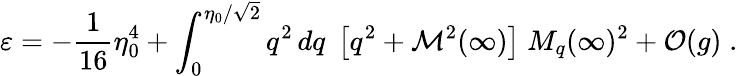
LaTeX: \varepsilon=-\frac 1{16}\eta_{0}^{4}+\int_{0}^{\eta_{0}/\sqrt 2}q^{2}\, dq\; \left[q^{2}+{\cal M}^{2}(\infty)\right]\; M_{q}(\infty)^{2}+{\cal O}(g)\; .